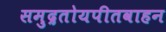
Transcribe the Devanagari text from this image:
समुद्रतोयपीतवाहन